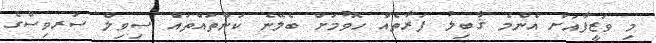
މި ވަޒީފާއަށް އެންމެ ޤާބިލު ފަރާތެއް ހޮވުމަށް ބެލޭނެ ކަންތައްތައް ސިވިލް ސަރވިސްގެ